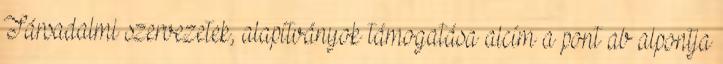
Társadalmi szervezetek, alapítványok támogatása alcím a pont ab alpontja